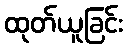
ထုတ်ယူခြင်း